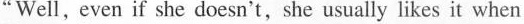
"Well, even if she doesn't,she usually likes it when